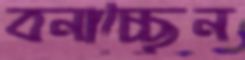
বনাচ্ছেন